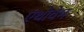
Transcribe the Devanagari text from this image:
एंथोवेम